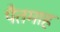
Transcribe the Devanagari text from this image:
पैतमाह